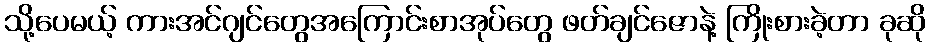
သို့ပေမယ့် ကားအင်ဂျင်တွေအကြောင်းစာအုပ်တွေ ဖတ်ချင်ဇောနဲ့ ကြိုးစားခဲ့တာ ခုဆို